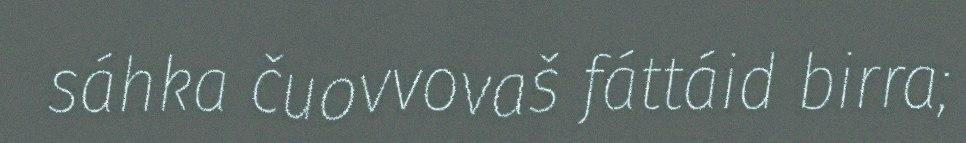
sáhka čuovvovaš fáttáid birra;